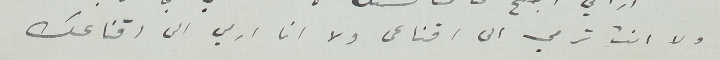
ولا انت ترمي الى اقناعى ولا انا ارمي الى اقناعك